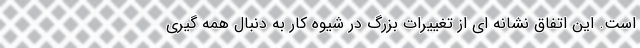
است. این اتفاق نشانه ای از تغییرات بزرگ در شیوه کار به دنبال همه گیری